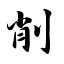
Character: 削